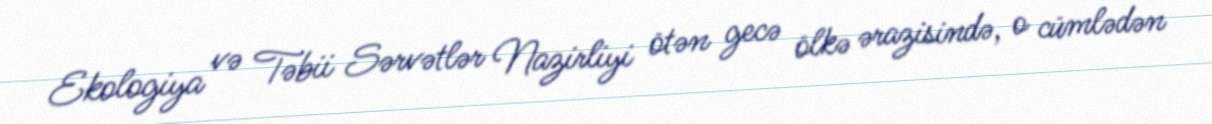
Ekologiya və Təbii Sərvətlər Nazirliyi ötən gecə ölkə ərazisində, o cümlədən